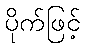
ပိုက်ဖြင့်